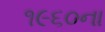
૧૯૬૦ના